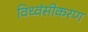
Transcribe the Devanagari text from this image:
विध्वंसीकरण